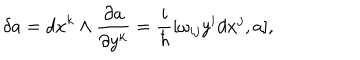
\delta a = d x ^ { k } \wedge \frac { \partial a } { \partial y ^ { k } } = \frac { i } { \hbar } [ \omega _ { i j } y ^ { i } d x ^ { j } , a ] ,